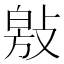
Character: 𭤁